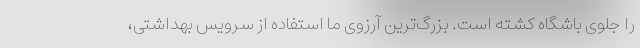
را جلوی باشگاه کشته است. بزرگ‌ترین آرزوی ما استفاده از سرویس بهداشتی،